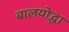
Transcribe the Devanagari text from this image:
बालयोद्धा